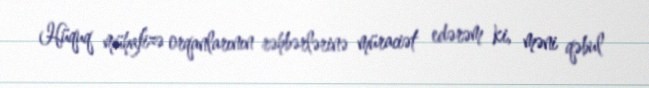
Hüquq mühafizə orqanlarının rəhbərlərinə müraciət edərəm ki, məni qəbul